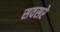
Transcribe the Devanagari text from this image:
सवसरे